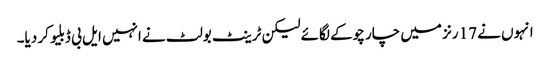
انہوں نے 17 رنز میں چار چوکے لگائے لیکن ٹرینٹ بولٹ نے انہیں ایل بی ڈبلیو کر دیا۔